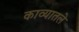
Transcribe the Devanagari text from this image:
काव्यातले